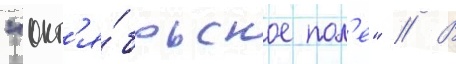
"окт'я́брьское пол'е" // В